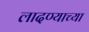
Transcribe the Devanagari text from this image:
लादण्याच्या